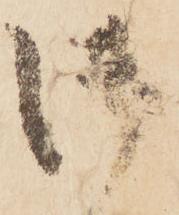
御